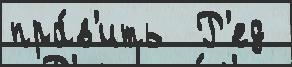
пра́в'ить  Р'ед